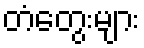
တံတွေးများ